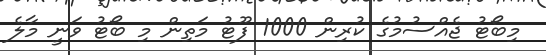
މިބޯޓު ޖެއްސުމުގެ ކުރިން 1000 ފޫޓު މަތިން މި ބޯޓު ވަނީ މާލެ